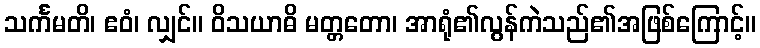
သင်္ကမတိ၊ ဧဝံ၊ လျှင်။ ဝိသယာဓိ မတ္တတော၊ အာရုံ၏လွန်ကဲသည်၏အဖြစ်ကြောင့်။